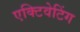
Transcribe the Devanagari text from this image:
एक्टिवेटिंग